Annual report on the working of the mental hospitals in the Madras Presidency - 1912-1932
Year: 1912
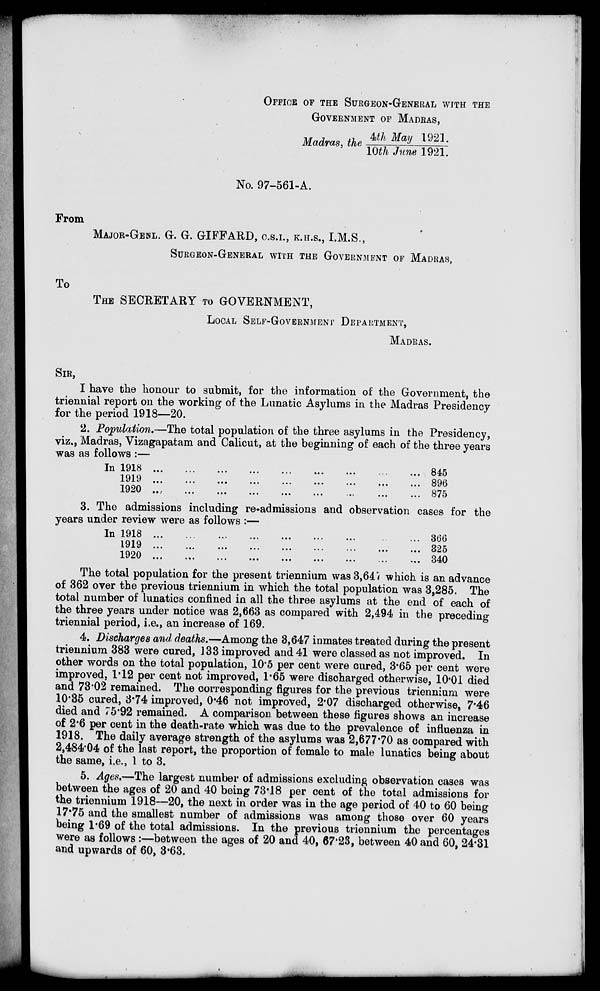
OFFICE OF THE SURGEON-GENERAL WITH THE
GOVERNMENT OF MADRAS,
Madras, the 4th May 1921./10th June 1921.
No. 97-561-A.
From
MAJOR-GENLG. G. GIFFARD, C.S.I., K.H.S., I.M.S.,
SURGEON-GENERAL WITH THE GOVERNMENT OF MADRAS,
To
THE SECRETARY TO GOVERNMENT,
LOCAL SELF-GOVERNMENT DEPARTMENT,
MADRAS.
SIR,
I have the honour to submit, for the information of the Government, the
triennial report on the working of the Lunatic Asylums in the Madras Presidency
for the period 1918—20.
2. Population.—The total population of the three asylums in the Presidency,
viz., Madras, Vizagapatam and Calicut, at the beginning of each of the three years
was as follows :—
In 1918 ... ... ... ... ... ... ... ... ...
1919 ... ... ... ... ... ... ... ... ...
1920 ... ... ... ... ... ... ... ... ...
845
896
875
3. The admissions including re-admissions and observation cases for the
years under review were as follows :—
In 1918 ... ... ... ... ... ... ... ... ... ...
1919 ... ... ... ... ... ... ... ... ... ...
1920 ... ... ... ... ... ... ... ... ... ...
366
325
340
The total population for the present triennium was 3,647 which is an advance
of 362 over the previous triennium in which the total population was 3,285. The
total number of lunatics confined in all the three asylums at the end of each of
the three years under notice was 2,663 as compared with 2,494 in the preceding
triennial period, i.e., an increase of 169.
4. Discharges and deaths.—Among the 3,647 inmates treated during the present
triennium 383 were cured, 133 improved and 41 were classed as not improved. In
other words on the total population, 10.5 per cent were cured, 3.65 per cent were
improved. 1.12 per cent not improved, 1.65 were discharged otherwise, 10.01 died
and 73.02 remained. The corresponding figures for the previous triennium were
10.35 cured, 3.74 improved, 0.46 not improved, 2.07 discharged otherwise, 7.46
died and 75.92 remained. A comparison between these figures shows an increase
of 2.6 per cent in the death-rate which was due to the prevalence of influenza in
1918. The daily average strength of the asylums was 2,677.70 as compared with
2,484.04 of the last report, the proportion of female to male lunatics being about
the same, i.e., 1 to 3.
5. Ages.—The largest number of admissions excluding observation cases was
between the ages of 20 and 40 being 73.18 per cent of the total admissions for
the triennium 1918—20, the next in order was in the age period of 40 to 60 being
17.75 and the smallest number of admissions was among those over 60 years
being 1.69 of the total admissions. In the previous triennium the percentages
were as follows :—between the ages of 20 and 40, 67.23, between 40 and 60, 24.31
and upwards of 60, 8.63.